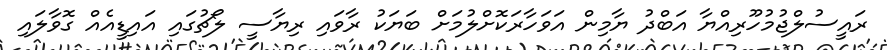
ރައީސުލްޖުމުހޫރިއްޔާ އަބްދު ޔާމިން އަވަހާރަކޮށްލުމަށް ބަޔަކު ރާވައި ރިޔާސީ ލޯޗުގައި އައިޑީއެއް ގޮވާލައި